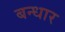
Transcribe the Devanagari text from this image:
बन्धार